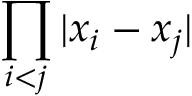
\displaystyle { \prod _ { i < j } | x _ { i } - x _ { j } | }